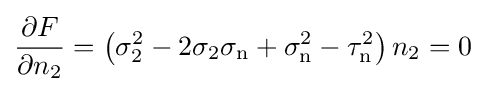
{\frac {\partial F}{\partial n_{2}}}=\left(\sigma _{2}^{2}-2\sigma _{2}\sigma _{\text{n}}+\sigma _{\text{n}}^{2}-\tau _{\text{n}}^{2}\right)n_{2}=0